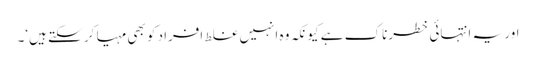
اور یہ انتہائی خطرناک ہے کیونکہ وہ انہیں غلط افراد کو بھی مہیا کر سکتے ہیں‘۔